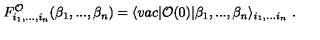
F _ { i _ { 1 } , . . . , i _ { n } } ^ { \cal O } ( \beta _ { 1 } , . . . , \beta _ { n } ) = \langle v a c \vert { \cal O } ( 0 ) \vert \beta _ { 1 } , . . . , \beta _ { n } \rangle _ { i _ { 1 } , . . . i _ { n } } \ .